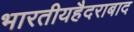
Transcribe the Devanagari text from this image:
भारतीयहैदराबाद